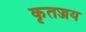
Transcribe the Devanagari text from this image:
कृतज्जय